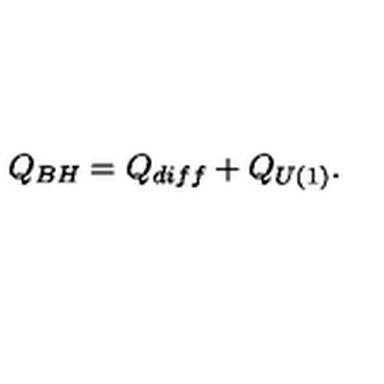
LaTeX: Q _ { B H } = Q _ { d i f f } + Q _ { U ( 1 ) } .